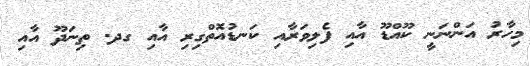
މިހާރު އަންނަނީ ކޫއްޑޫ އާއި ފެލިވަރާއި ކަނޑުއޮތްގިރި އާއި ގދ. ތިނަދޫ އާއި